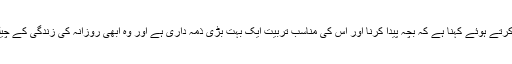
اڑتیس سالہ سارہ کا ڈی ڈبلیو کے ساتھ گفتگو کرتے ہوئے کہنا ہے کہ بچہ پیدا کرنا اور اس کی مناسب تربیت ایک بہت بڑی ذمہ داری ہے اور وہ ابھی روزانہ کی زندگی کے چیلنجز کا پوری طرح سامنا نہیں کر پا رہی ہیں۔